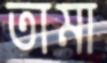
তামা